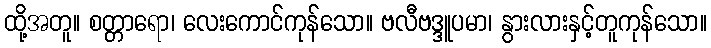
ထို့အတူ။ စတ္တာရော၊ လေးကောင်ကုန်သော။ ဗလီဗဒ္ဒူပမာ၊ နွားလားနှင့်တူကုန်သော။